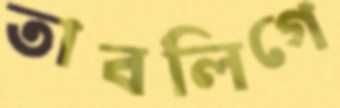
তাবলিগে